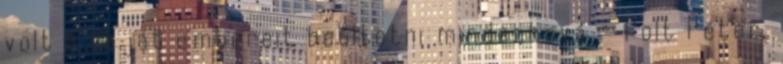
volt a saját embereit beültetni mindenhová - Polt Péter,